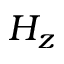
H _ { z }